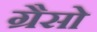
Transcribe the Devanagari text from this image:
ग्रैसो